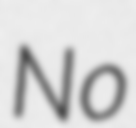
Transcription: No